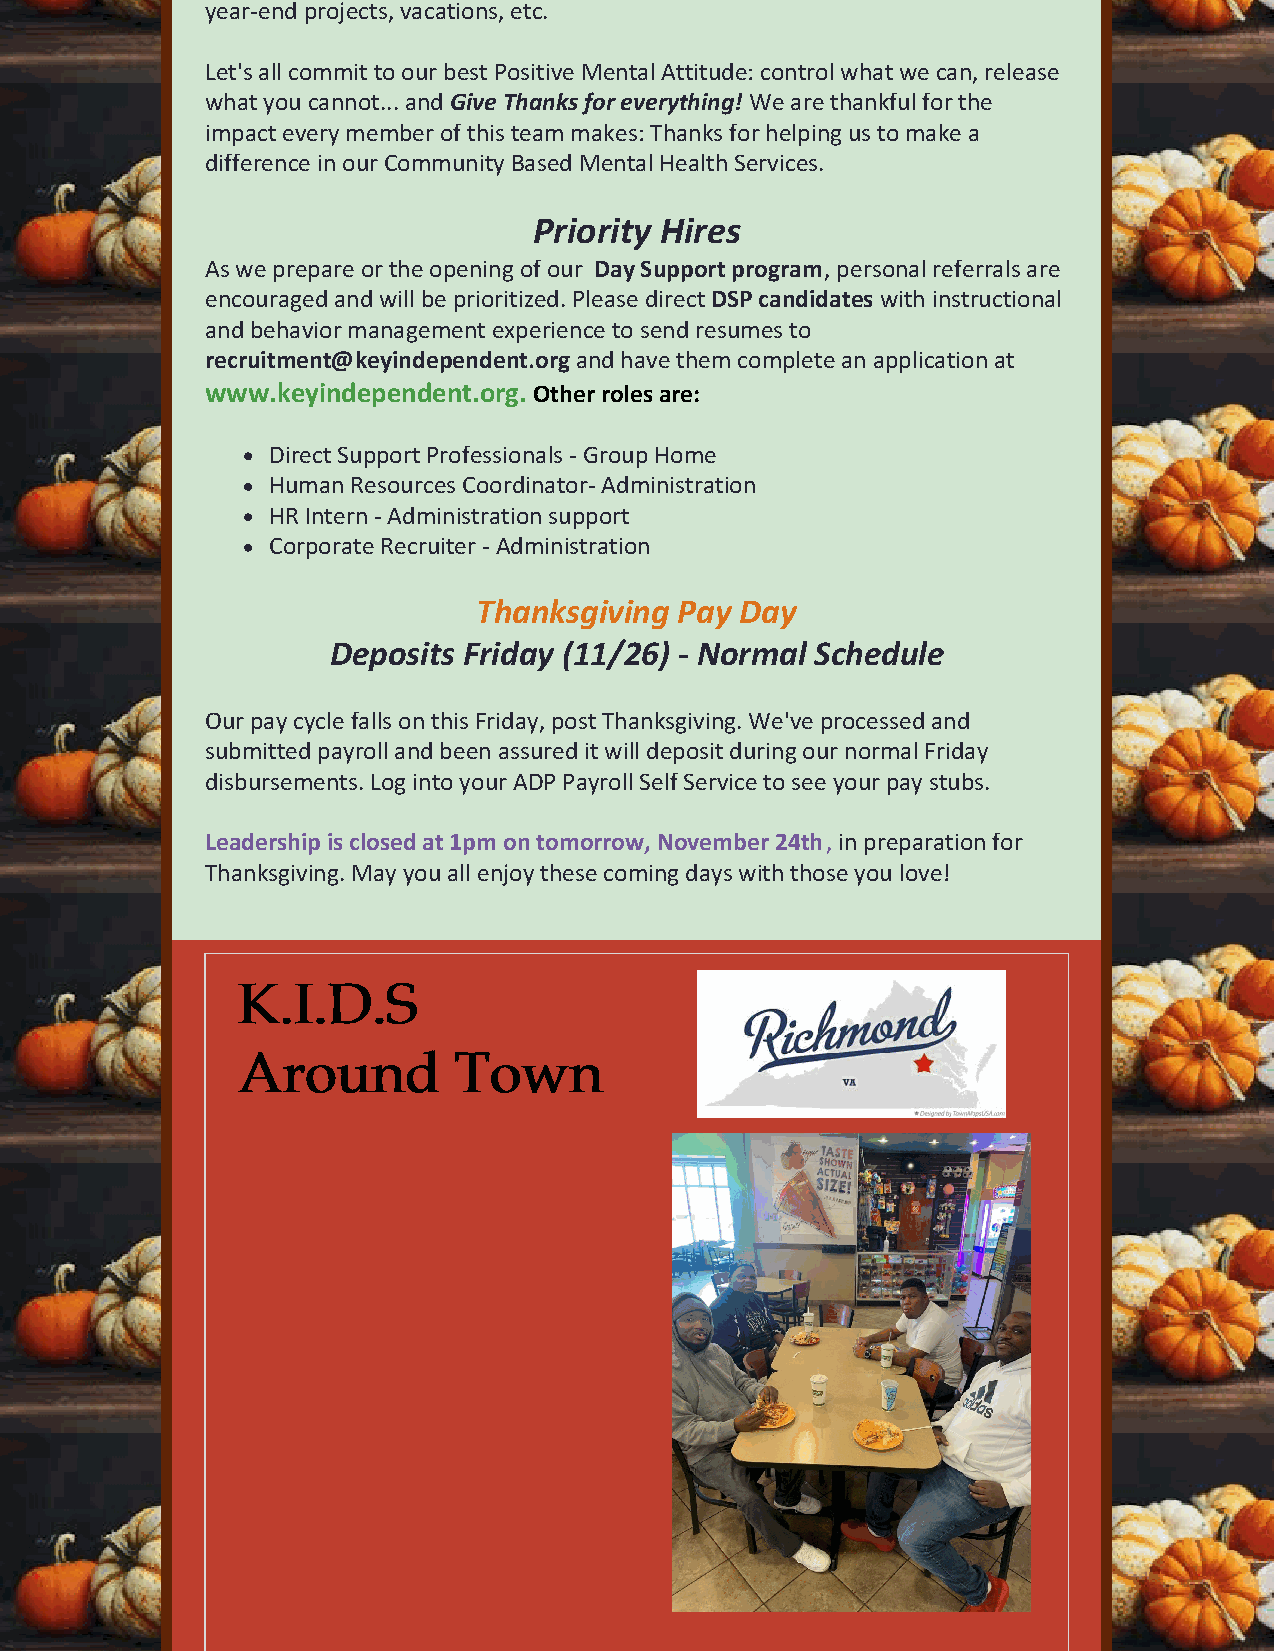
year-end projects, vacations, etc.
 Let's all commit to our best Positive Mental Attitude: control what we can, release
 what you cannot... and Give Thanks for everything! We are thankful for the
 impact every member of this team makes: Thanks for helping us to make a
 difference in our Community Based Mental Health Services.
 Priority Hires
 As we prepare or the opening of our Day Support program, personal referrals are
 encouraged and will be prioritized. Please direct DSP candidates with instructional
 and behavior management experience to send resumes to
 recruitment@keyindependent.org and have them complete an application at
 www.keyindependent.org. Other roles are:
 Direct Support Professionals - Group Home
 Human Resources Coordinator- Administration
 HR Intern - Administration support
 Corporate Recruiter - Administration
 Thanksgiving Pay Day
 Deposits Friday (11/26) - Normal Schedule
 Our pay cycle falls on this Friday, post Thanksgiving. We've processed and
 submitted payroll and been assured it will deposit during our normal Friday
 disbursements. Log into your ADP Payroll Self Service to see your pay stubs.
 Leadership is closed at 1pm on tomorrow, November 24th, in preparation for
 Thanksgiving. May you all enjoy these coming days with those you love!
 KK..II..DD..SS
 AArroouunndd  TToowwnn